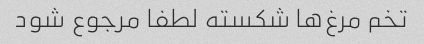
تخم مرغ‌ها شکسته لطفا مرجوع شود